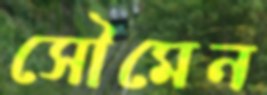
সৌমেন